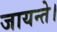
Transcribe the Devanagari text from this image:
जायन्ते।